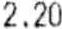
2.20